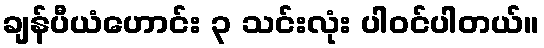
ချန်ပီယံဟောင်း ၃ သင်းလုံး ပါဝင်ပါတယ်။